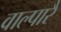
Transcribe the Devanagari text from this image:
वाल्पारै